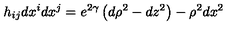
h _ { i j } d x ^ { i } d x ^ { j } = e ^ { 2 \gamma } \left( d \rho ^ { 2 } - d z ^ { 2 } \right) - \rho ^ { 2 } d x ^ { 2 }